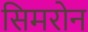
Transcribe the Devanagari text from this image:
सिमरोन